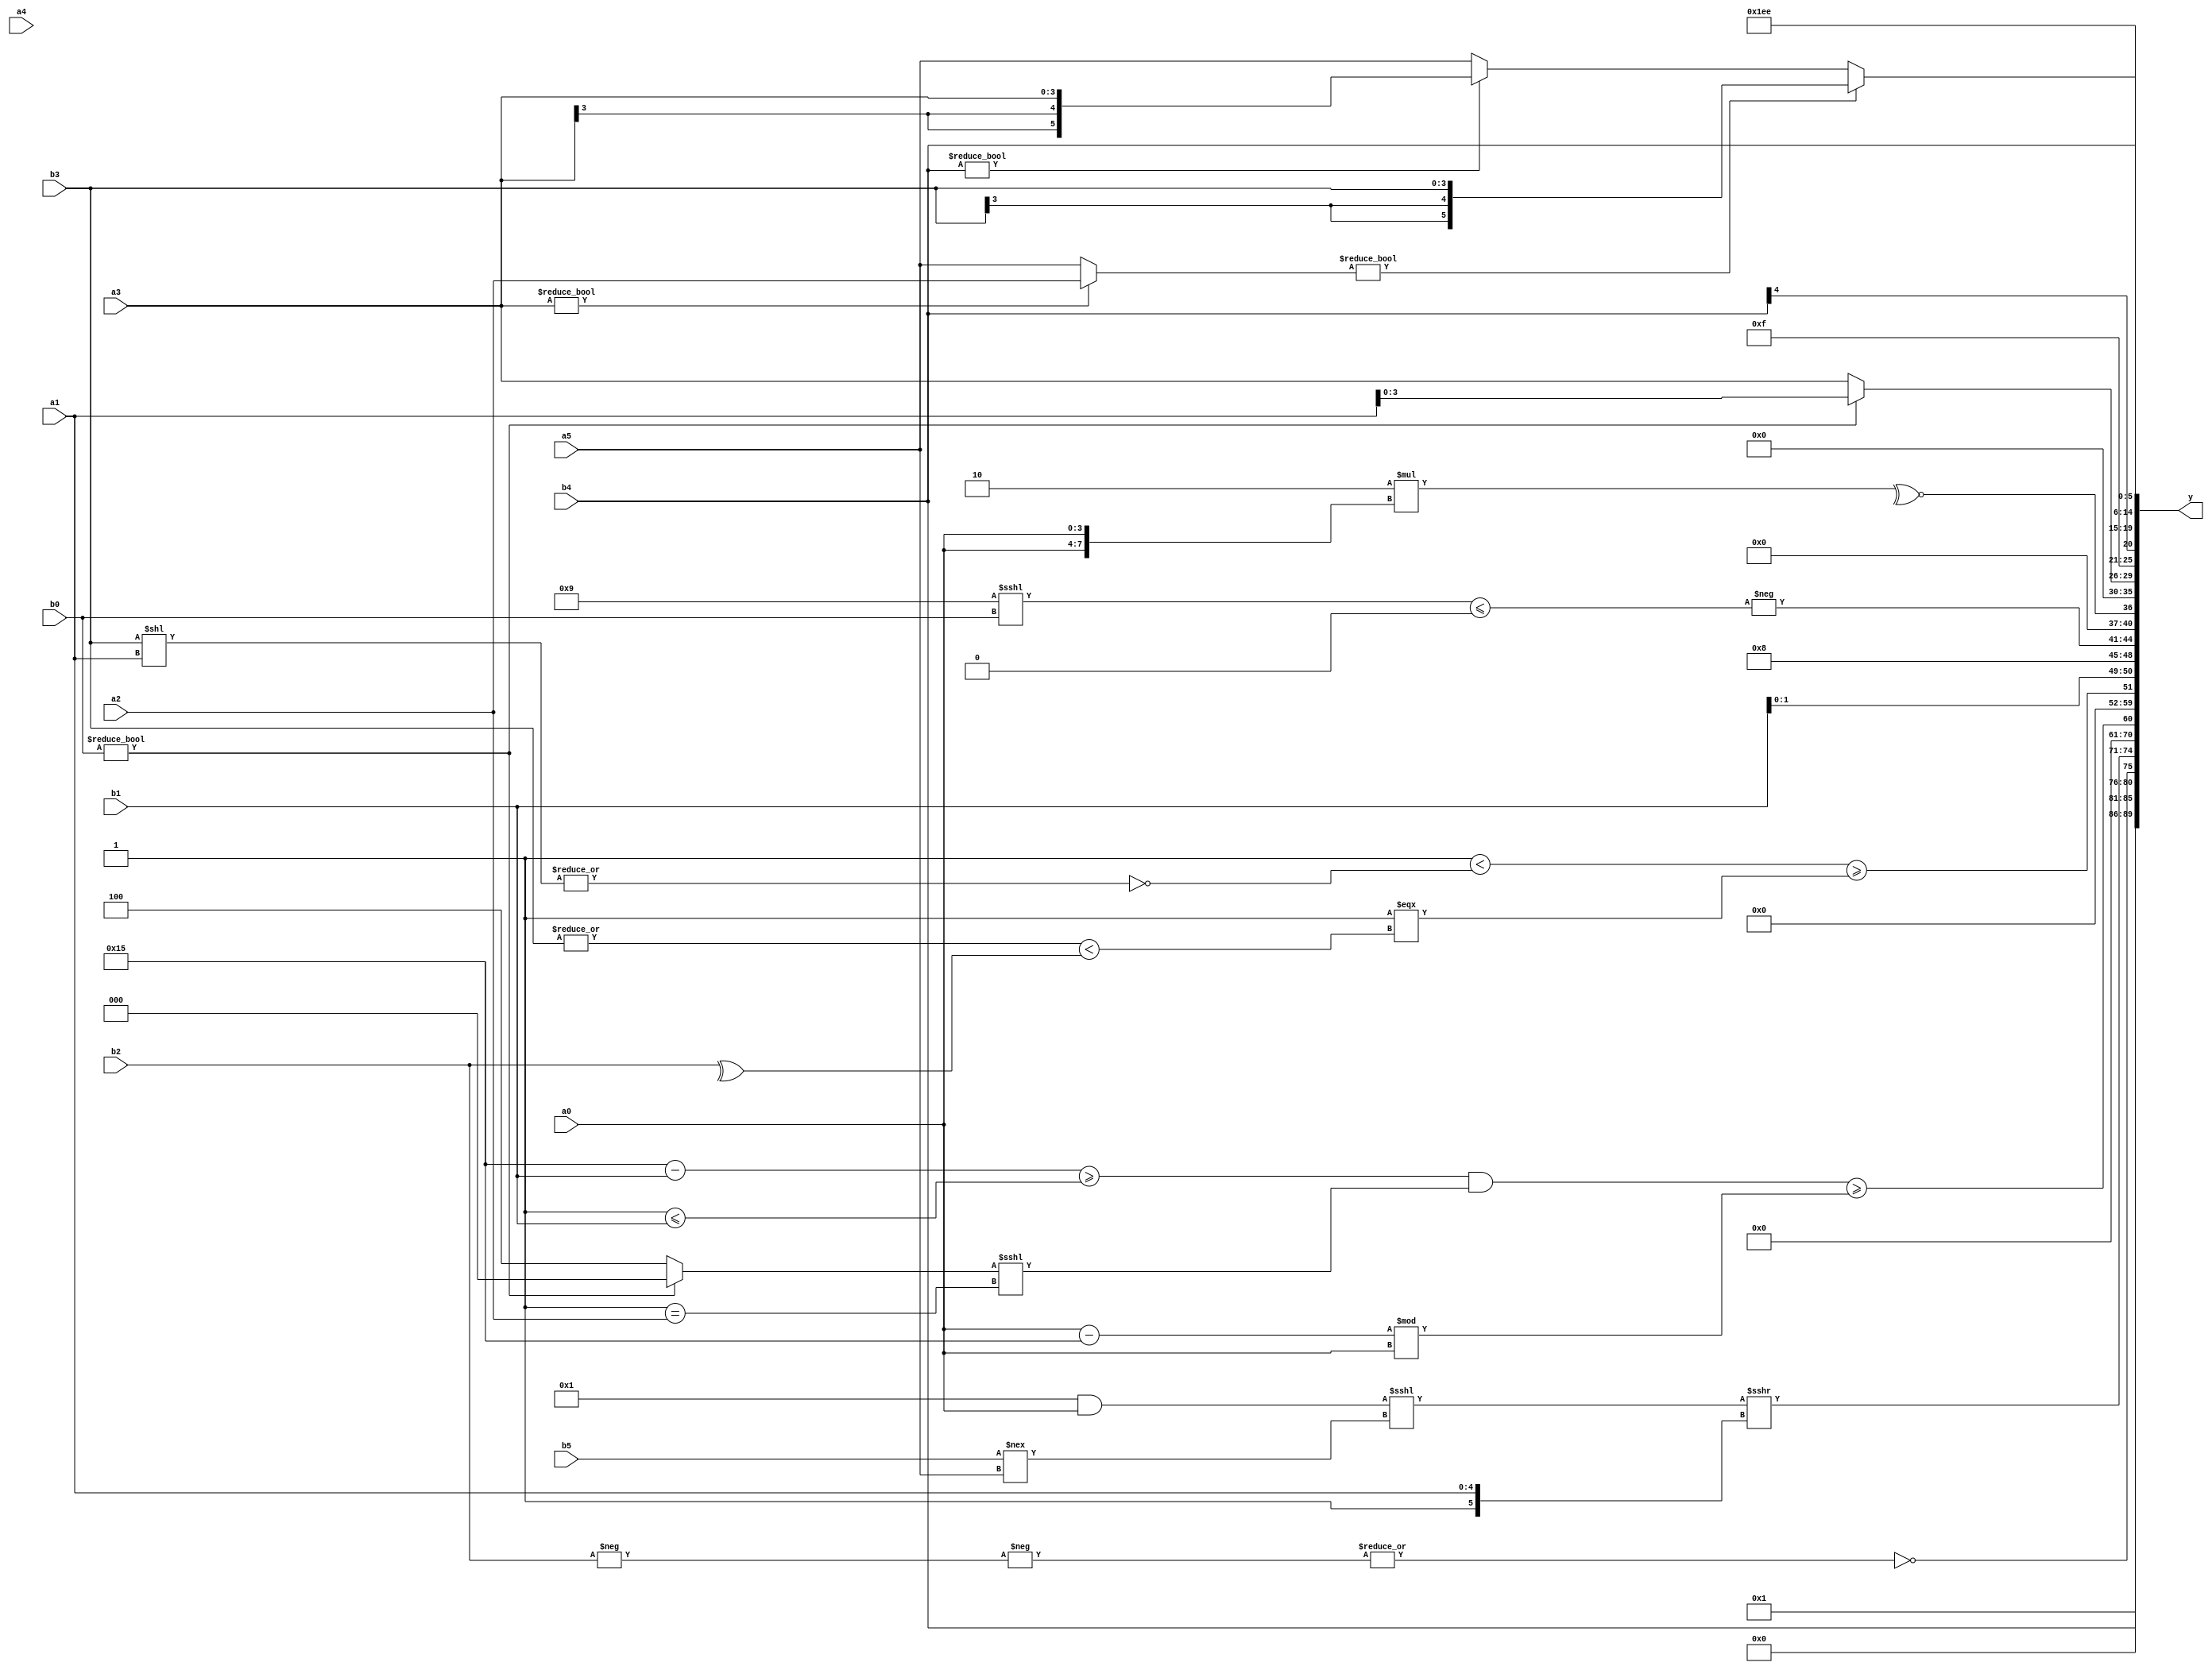
module expression_00100(a0, a1, a2, a3, a4, a5, b0, b1, b2, b3, b4, b5, y);
  input [3:0] a0;
  input [4:0] a1;
  input [5:0] a2;
  input signed [3:0] a3;
  input signed [4:0] a4;
  input signed [5:0] a5;

  input [3:0] b0;
  input [4:0] b1;
  input [5:0] b2;
  input signed [3:0] b3;
  input signed [4:0] b4;
  input signed [5:0] b5;

  wire [3:0] y0;
  wire [4:0] y1;
  wire [5:0] y2;
  wire signed [3:0] y3;
  wire signed [4:0] y4;
  wire signed [5:0] y5;
  wire [3:0] y6;
  wire [4:0] y7;
  wire [5:0] y8;
  wire signed [3:0] y9;
  wire signed [4:0] y10;
  wire signed [5:0] y11;
  wire [3:0] y12;
  wire [4:0] y13;
  wire [5:0] y14;
  wire signed [3:0] y15;
  wire signed [4:0] y16;
  wire signed [5:0] y17;

  output [89:0] y;
  assign y = {y0,y1,y2,y3,y4,y5,y6,y7,y8,y9,y10,y11,y12,y13,y14,y15,y16,y17};

  localparam [3:0] p0 = (~((2'd1)<<({2{(2'sd1)}}&((4'd1)-(5'd31)))));
  localparam [4:0] p1 = (&(+((~^(4'sd1))<(~^(4'sd4)))));
  localparam [5:0] p2 = ({1{(5'd2 * (+{4{(2'd0)}}))}}||(((3'sd3)<<(-4'sd3))<<((4'd7)>(4'sd5))));
  localparam signed [3:0] p3 = (((-2'sd0)>=(-2'sd0))>>>((-3'sd1)|(2'd3)));
  localparam signed [4:0] p4 = ((!{2{((3'd7)<<<(-3'sd1))}})>>>((~^(+(3'd6)))>((-5'sd9)^~(4'sd3))));
  localparam signed [5:0] p5 = (+{1{{3{(+(2'sd1))}}}});
  localparam [3:0] p6 = ((((-4'sd4)&(4'd1))!=((4'sd0)|(2'd2)))-((~^(2'd3))||((5'd17)?(-3'sd2):(5'sd10))));
  localparam [4:0] p7 = {(3'd4)};
  localparam [5:0] p8 = (((-5'sd2)?(3'sd1):(2'd0))?(&((5'd14)|(-5'sd13))):(&((5'd14)^(-4'sd2))));
  localparam signed [3:0] p9 = ((4'd8)<<<(3'sd0));
  localparam signed [4:0] p10 = {(~&({2{(5'd9)}}<<<(|((3'sd3)&&(2'd0)))))};
  localparam signed [5:0] p11 = (+{2{(~|{1{(5'd2)}})}});
  localparam [3:0] p12 = (({((3'sd3)==(3'sd3))}&&{(3'd6),(5'd22)})+{((-4'sd5)>>>(2'd0)),((5'd1)==(5'd31)),{(-5'sd8)}});
  localparam [4:0] p13 = (+{{(4'sd3),(-4'sd5)},(~^(3'sd3)),((2'sd0)?(3'd2):(4'sd4))});
  localparam [5:0] p14 = (3'sd1);
  localparam signed [3:0] p15 = ((5'd2 * (4'd12))==((4'd11)?(-4'sd1):(4'sd4)));
  localparam signed [4:0] p16 = ((2'd1)?((3'sd2)?(2'd0):(2'sd1)):(3'd4));
  localparam signed [5:0] p17 = {1{{1{(-4'sd2)}}}};

  assign y0 = (~&p14);
  assign y1 = {3{b4}};
  assign y2 = (&(&(~|(~|(~|(-(~|(~(+(~(|$signed((-$signed((&(-(~|(-(-(b2))))))))))))))))))));
  assign y3 = (((p4&&a0)<<<(b5!==a5))>>>{(p10),(a1)});
  assign y4 = (-$unsigned(((~|$signed($unsigned((+{p5})))))));
  assign y5 = ((((p5-b1)>=(p8<=b1))&((b0?p11:p7)<<<(p14==a2)))>=((a0-p5)%a0));
  assign y6 = ({3{(p4||p5)}}==(((2'd0)>>>(~&p14))==((-3'sd3)>>{p0,p17,p11})));
  assign y7 = (~^(~^(((|(|(-3'sd3)))<(~|(b3<<a1)))>=($unsigned((|(5'd24)))===((|b3)<(^b2))))));
  assign y8 = {b1,p9};
  assign y9 = (-$unsigned(((p12<<<b0)<=(p11))));
  assign y10 = (~^(4'd2 * {2{a0}}));
  assign y11 = $unsigned((~|{$unsigned(b4),$unsigned(p10)}));
  assign y12 = {3{(b0?a1:a3)}};
  assign y13 = ((5'd15));
  assign y14 = (b4>>>p11);
  assign y15 = {1{{3{(4'd15)}}}};
  assign y16 = $signed(({3{{4{{4{p0}}}}}}));
  assign y17 = $signed($unsigned(((2'd1)?((a3?a2:a5)?$signed(b3):(b4?a3:a5)):(4'sd6))));
endmodule